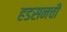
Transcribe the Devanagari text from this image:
हडसनची